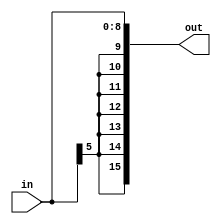
module sign_ext9(
	input [8:0] in,
	output [15:0] out
);

	assign out = { { 7{in[5]} }, in };

endmodule